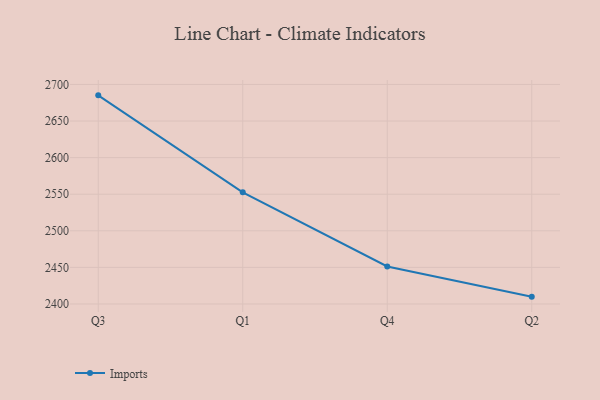
{"axis": {"x": "Quarter", "y": "Shipments"}, "legend": ["Imports"], "data": [{"x": "Q3", "y": 2685.1, "type": "Imports"}, {"x": "Q1", "y": 2552.6, "type": "Imports"}, {"x": "Q4", "y": 2451.2, "type": "Imports"}, {"x": "Q2", "y": 2410.0, "type": "Imports"}]}